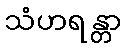
သံဟရန္တာ